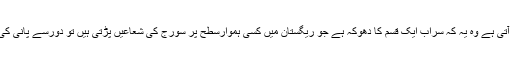
ان دلائل سے جو بات سامنے آتی ہے وہ یہ کہ سراب ایک قسم کا دھوکہ ہے جو ریگستان میں کسی ہموارسطح پر سورج کی شعاعیں پڑتی ہیں تو دورسے پانی کی موجودگی کا دھوکہ ہوتاہے۔